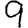
Digit: 9